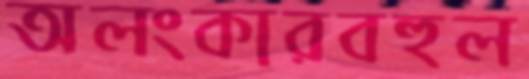
অলংকারবহুল